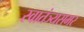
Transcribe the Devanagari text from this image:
स्वातंञ्यसमर